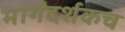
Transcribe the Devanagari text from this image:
मार्गदर्शकच